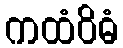
ကထံဝိဓံ